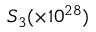
S _ { 3 } ( \times 1 0 ^ { 2 8 } )